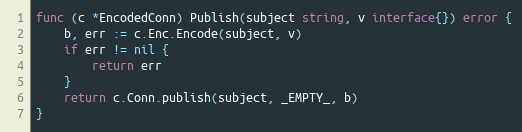
Language: Go
func (c *EncodedConn) Publish(subject string, v interface{}) error {
	b, err := c.Enc.Encode(subject, v)
	if err != nil {
		return err
	}
	return c.Conn.publish(subject, _EMPTY_, b)
}